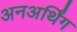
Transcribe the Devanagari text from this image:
अनअर्थिंग